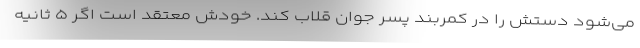
می‌شود دستش را در کمربند پسر جوان قلاب کند. خودش معتقد است اگر ۵ ثانیه